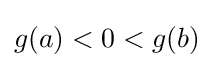
g(a)<0<g(b)